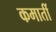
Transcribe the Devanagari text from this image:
कमातीं